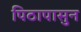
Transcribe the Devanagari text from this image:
पिठापासुन